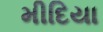
મીદિયા